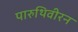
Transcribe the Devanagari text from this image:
पारुथिवीरन